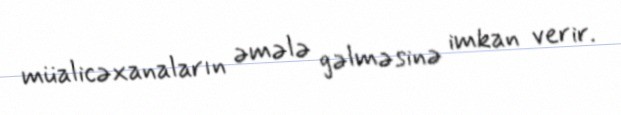
müalicəxanaların əmələ gəlməsinə imkan verir.